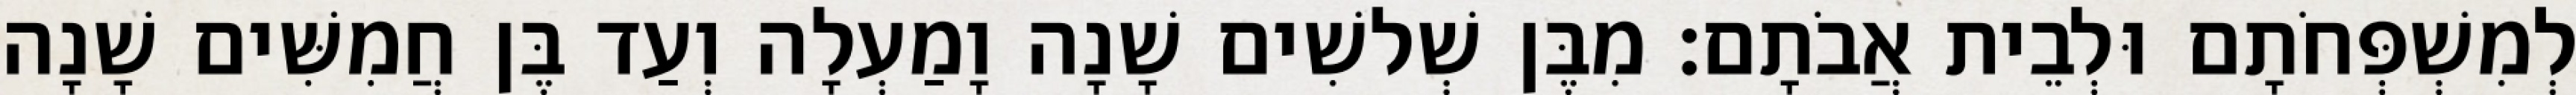
לְמִשְׁפְּחֹתָם וּלְבֵית אֲבֹתָם׃ מִבֶּן שְׁלשִׁים שָׁנָה וָמַעְלָה וְעַד בֶּן חֲמִשִּׁים שָׁנָה